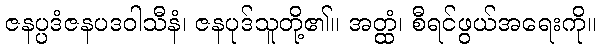
ဇနပ္ပဒံဇနပဒဝါသီနံ၊ ဇနပုဒ်သူတို့၏။ အတ္ထံ၊ စီရင်ဖွယ်အရေးကို။